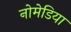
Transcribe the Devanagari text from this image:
नोमेडिया